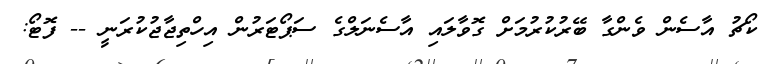
ކޯޗު އާސެން ވެންގާ ބޭރުކުރުމަށް ގޮވާލައި އާސެނަލްގެ ސަޕޯޓަރުން އިހްތިޖާޖުކުރަނީ -- ފޮޓޯ: